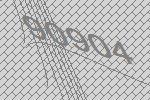
90904